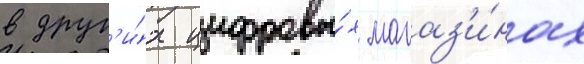
в друг'и́х цифровы́х магаз'и́нах